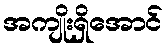
အကျိုးရှိအောင်